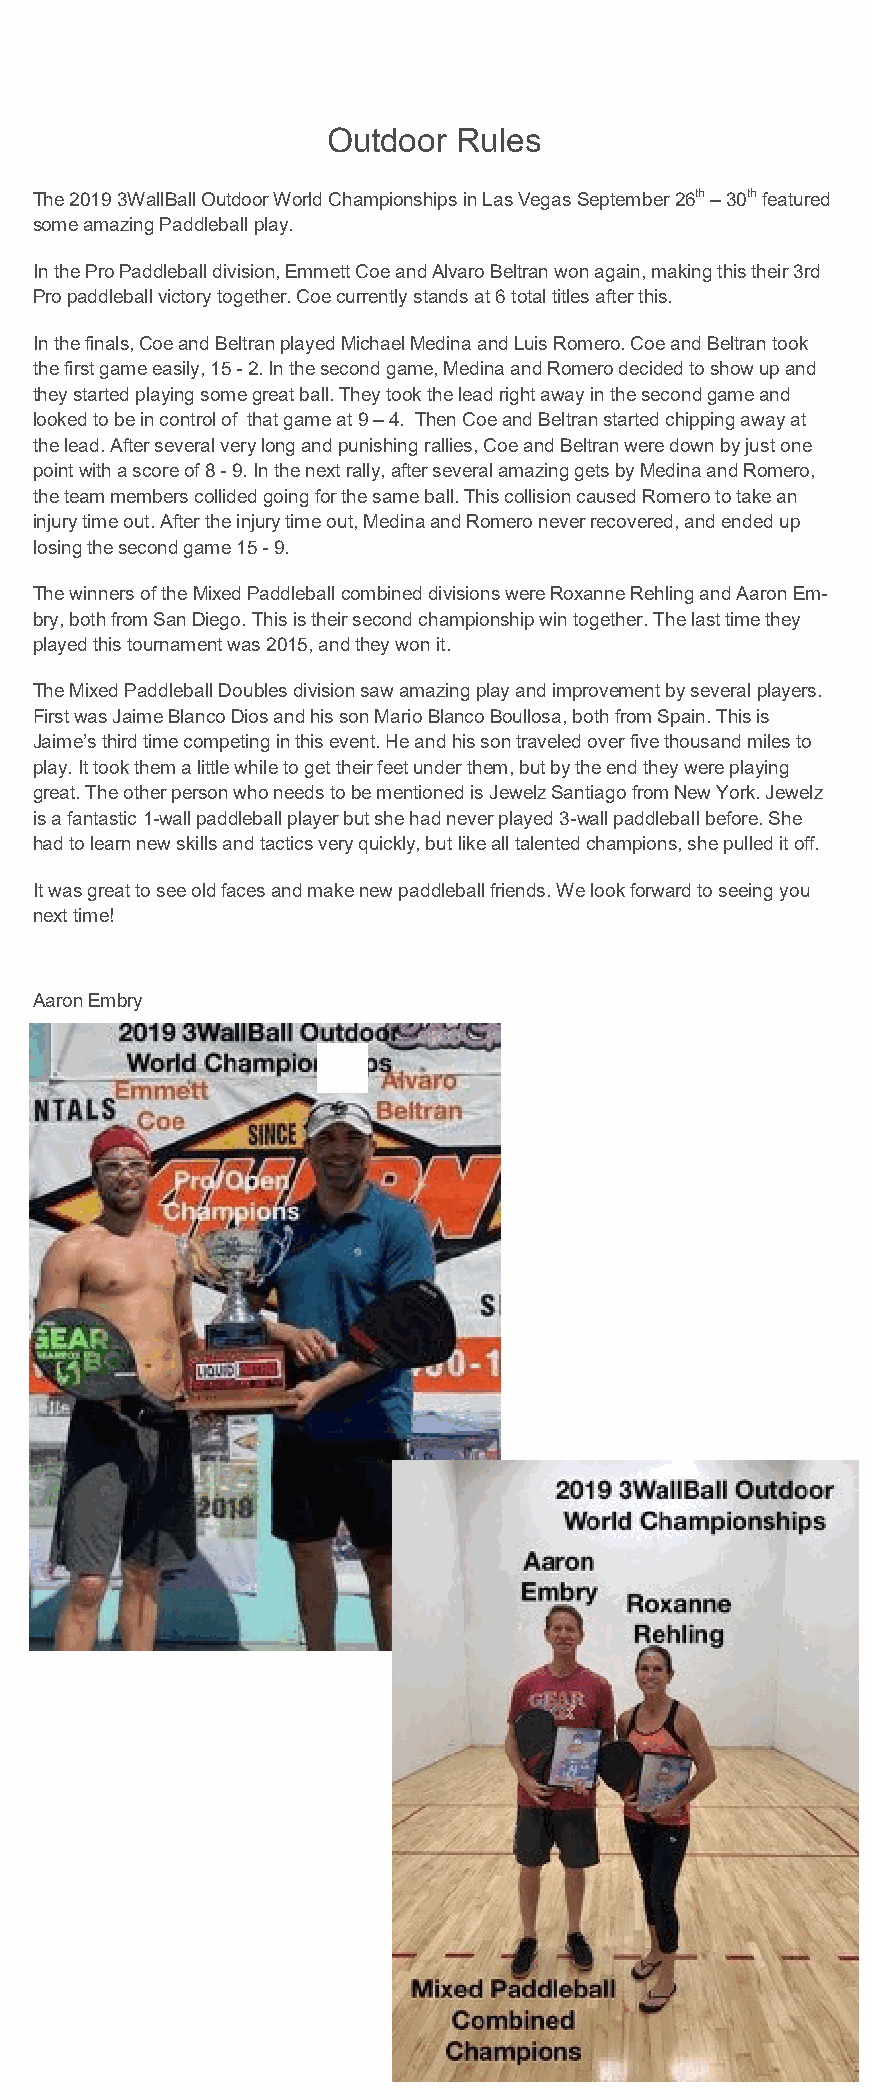
Outdoor Rules
 The 2019 3WallBall Outdoor World Championships in Las Vegas September 26th – 30th featured
 some amazing Paddleball play.
 In the Pro Paddleball division, Emmett Coe and Alvaro Beltran won again, making this their 3rd
 Pro paddleball victory together. Coe currently stands at 6 total titles after this.
 In the finals, Coe and Beltran played Michael Medina and Luis Romero. Coe and Beltran took
 the first game easily, 15 - 2. In the second game, Medina and Romero decided to show up and
 they started playing some great ball. They took the lead right away in the second game and
 looked to be in control of that game at 9 – 4. Then Coe and Beltran started chipping away at
 the lead. After several very long and punishing rallies, Coe and Beltran were down by just one
 point with a score of 8 - 9. In the next rally, after several amazing gets by Medina and Romero,
 the team members collided going for the same ball. This collision caused Romero to take an
 injury time out. After the injury time out, Medina and Romero never recovered, and ended up
 losing the second game 15 - 9.
 The winners of the Mixed Paddleball combined divisions were Roxanne Rehling and Aaron Em-
 bry, both from San Diego. This is their second championship win together. The last time they
 played this tournament was 2015, and they won it.
 The Mixed Paddleball Doubles division saw amazing play and improvement by several players.
 First was Jaime Blanco Dios and his son Mario Blanco Boullosa, both from Spain. This is
 Jaime’s third time competing in this event. He and his son traveled over five thousand miles to
 play. It took them a little while to get their feet under them, but by the end they were playing
 great. The other person who needs to be mentioned is Jewelz Santiago from New York. Jewelz
 is a fantastic 1-wall paddleball player but she had never played 3-wall paddleball before. She
 had to learn new skills and tactics very quickly, but like all talented champions, she pulled it off.
 It was great to see old faces and make new paddleball friends. We look forward to seeing you
 next time!
 Aaron Embry